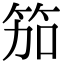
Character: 笳